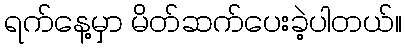
ရက်နေ့မှာ မိတ်ဆက်ပေးခဲ့ပါတယ်။